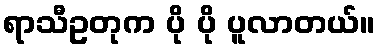
ရာသီဥတုက ပို ပို ပူလာတယ်။